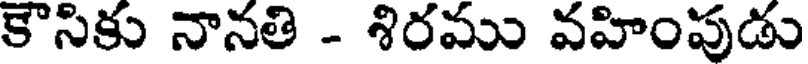
కౌసికు నానతి - శిరము వహింపుడు